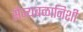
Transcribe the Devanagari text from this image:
सैन्यबळानिशी